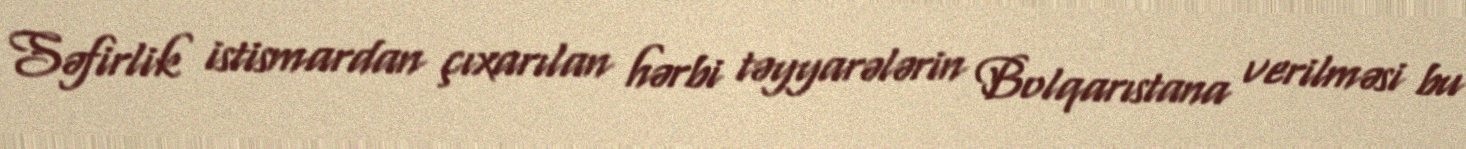
Səfirlik istismardan çıxarılan hərbi təyyarələrin Bolqarıstana verilməsi bu